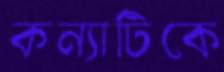
কন্যাটিকে